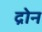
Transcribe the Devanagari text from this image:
द्रोन